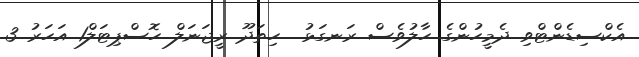
އެކްސިޑެންޓްވި ދެމީހުންގެ ހާލުވެސް ރަނގަޅު  ހިތަދޫ ރީޖަނަލް ހޮސްޕިޓަލް1 އަހަރު 3